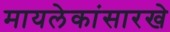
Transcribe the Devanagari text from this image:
मायलेकांसारखे